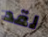
لقد